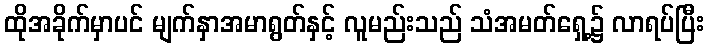
ထိုအခိုက်မှာပင် မျက်နှာအမာရွတ်နှင့် လူမည်းသည် သံအမတ်ရှေ့၌ လာရပ်ပြီး